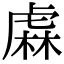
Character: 𧇃